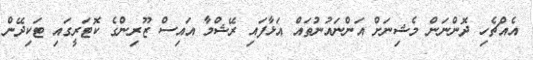
އެއްޗެހި ދޮންނަން މެޝިނަށް އަންނައުނުތައް އަޅާފައި ރޭޝްމާ އައިސް ޒޫރިންގެ ކޮޓަރީގައި ޓަކިދޭން